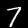
Digit: 7